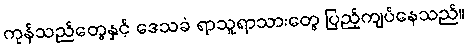
ကုန်သည်တွေနှင့် ဒေသခံ ရာသူရာသားတွေ ပြည့်ကျပ်နေသည်။